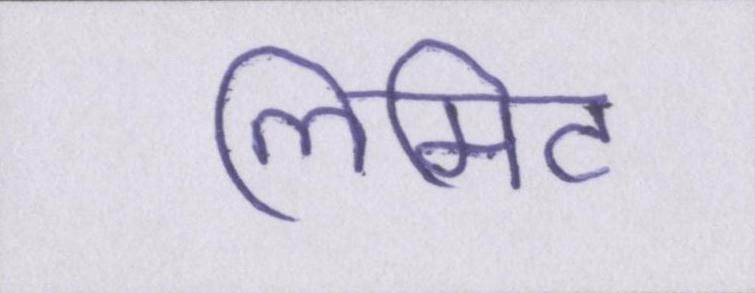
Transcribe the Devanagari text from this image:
लिमिट